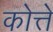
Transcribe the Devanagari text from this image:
कोत्ते